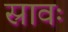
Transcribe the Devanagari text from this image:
स्रावः